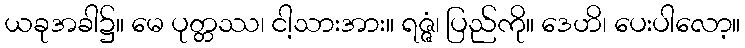
ယခုအခါ၌။ မေ ပုတ္တဿ၊ ငါ့သားအား။ ရဇ္ဇံ၊ ပြည်ကို။ ဒေဟိ၊ ပေးပါလော့။